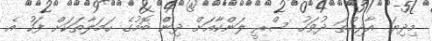
މިދިޔަ އާދިއްތަ ދުވަހު ސްރީ ލަންކާއަށް ދިންް ބޮމުގެ ހަމަލާތަކަށް ފަހު އެ